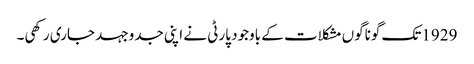
1929تک گوناگوں مشکلات کے باوجود پارٹی نے اپنی جدوجہد جاری رکھی۔